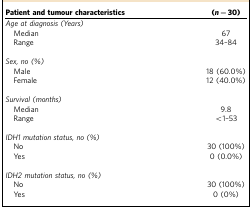
<table><thead><tr><td><b>Patient and tumour characteristics</b></td><td><b>(<i>n</i>=30)</b></td></tr></thead><tbody><tr><td colspan="2"><i>Age at diagnosis (Years)</i></td></tr><tr><td> Median</td><td>67</td></tr><tr><td> Range</td><td>34–84</td></tr><tr><td> </td><td> </td></tr><tr><td><i>Sex, no (%)</i></td><td> </td></tr><tr><td> Male</td><td>18 (60.0%)</td></tr><tr><td> Female</td><td>12 (40.0%)</td></tr><tr><td> </td><td> </td></tr><tr><td colspan="2"><i>Survival (months)</i></td></tr><tr><td> Median</td><td>9.8</td></tr><tr><td> Range</td><td>&lt;1–53</td></tr><tr><td> </td><td> </td></tr><tr><td colspan="2"><i>IDH1</i><i>mutation status, no (%)</i></td></tr><tr><td> No</td><td>30 (100%)</td></tr><tr><td> Yes</td><td>0 (0.0%)</td></tr><tr><td> </td><td> </td></tr><tr><td colspan="2"><i>IDH2</i><i>mutation status, no (%)</i></td></tr><tr><td> No</td><td>30 (100%)</td></tr><tr><td> Yes</td><td>0 (0%)</td></tr></tbody></table>